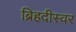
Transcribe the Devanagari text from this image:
ब्रिहदीस्वर